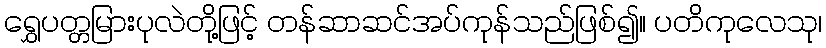
ရွှေပတ္တမြားပုလဲတို့ဖြင့် တန်ဆာဆင်အပ်ကုန်သည်ဖြစ်၍။ ပတိကုလေသု၊